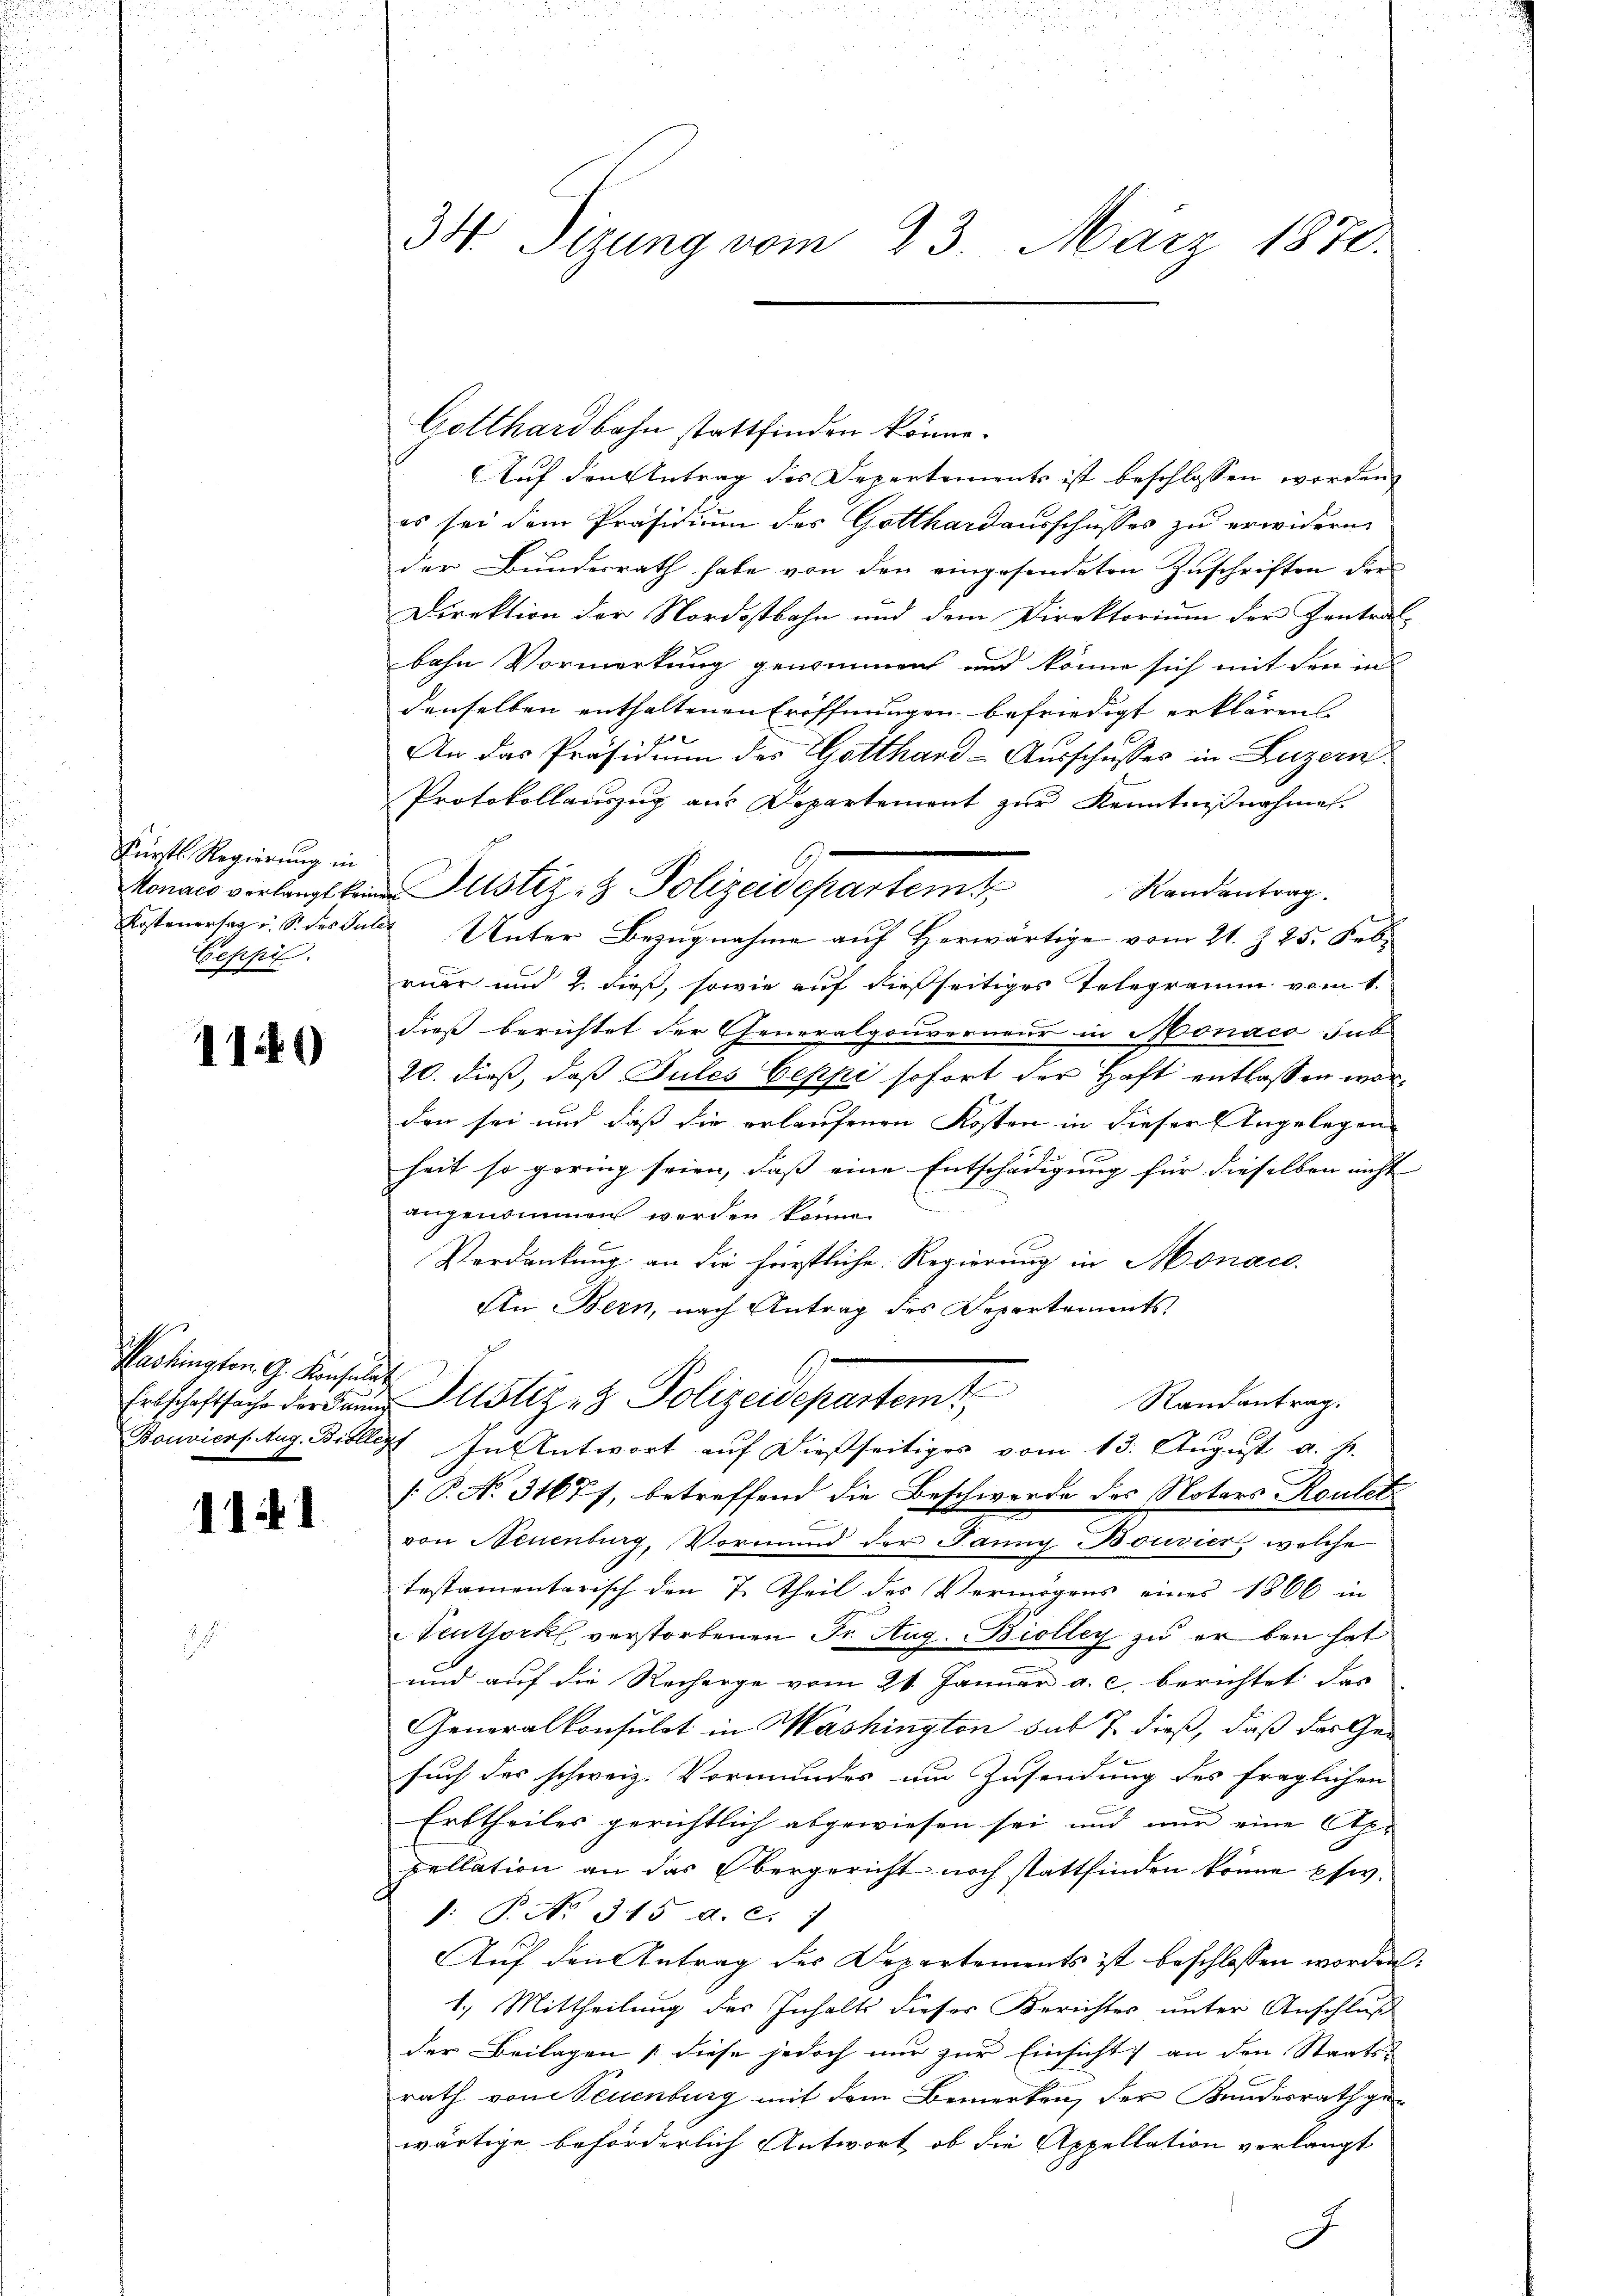
Fürstl. Regierung in
Honaco verlangt kein
Kostenersag i. S. des Im
Ceppi

1140

Pashington G. Konsula

111.

34 Sizung vom 23. März 1870.

Gotthardbahn stattfinden könne.
Auf den Antrag des Departements ist beschlossen worden,
es sei dem Präsidium des Gotthardausschusses zu erwidern
der Bundesrath habe von den eingesendeten Zuschriften drei
Direktion der Nordostbahn und dem Direktorium der Zentral-
bahn Vormerkung genommen und könne sich mit den in
denselben enthaltenen Eröffnungen befriedigt erklären
f |
An das Präsidium des Gotthard-Ausschusses in Luzern
Protokollauszug aus Departement zur Kenntnißnahme.
 Unter Bezugnahme auf Herwärtige vom 21. Z. 25. Seb.
ruar und 2. dieß, sowie auf dießseitiges Telegramm vom 1.
dieß berichtet der Generalgouverneur in Monaco sub
20. dieß, daß Sules Geppi sofort der Haft entlassen worden sei und dass die erlaufenen Kosten in dieser Angelegen
heit so gering seien, daß eine Entschädigung für dieselben nicht
angenommen werden könne.
Verdankung an die fürstliche Regierung in Monace
An Bern, nach Antrag des Departements
h
Ertschaftsache der an Justiz- & Polizeidepartemt
Randantrag.
Bonvierftug Biollst. In Antwort auf dießseitiges vom 13. August a. h.
[P. No. 31677, betreffend die Beschwerde des Notars Rouler
von Neuenburg, Vormund der Janny Bouvier, welche
testamentarisch den 7. Theil des Vermögens eines 1866 in
Neuthork verstorbenen Fr. Aug. Biolleg zu erben hat
und auf die Recherge vom 21. Januar a. c. berichtet das
Generalkonsulat in Washington sub 7. dieß, daß das Ge-
such des schweiz. Vormundes um Zusendung des fraglichen
Erbtheiles gerichtlich abgewiesen sei und nur eine Ap-
pellation an das Obergericht noch stattfinden könne psw.
d. P. No. 315. d. c. 1
Auf den Antrag des Departements ist beschlossen worden.
1.) Mittheilung des Inhalts dieser Berichtes unter Anschluß
der Beilagen diese jedoch nur zur Einsicht an den Staats-
rath von Neuenburg mit dem Bemerken, der Bundesrath ge-
wärtige beförderlich Antwort, ob die Appellation verlangt

Justiz & Polizeidepartem Wandentrag.